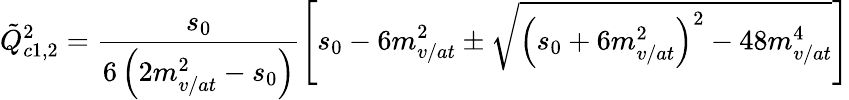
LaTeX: \tilde{Q}_{c1,2}^{2}=\frac{s_{0}}{6\left(2m_{v/at}^{2}-s_{0}\right)}\left[s_{0}-6m_{v/at}^{2}\pm\sqrt{\left(s_{0}+6m_{v/at}^{2}\right)^{2}-48m_{v/at}^{4}}\right]